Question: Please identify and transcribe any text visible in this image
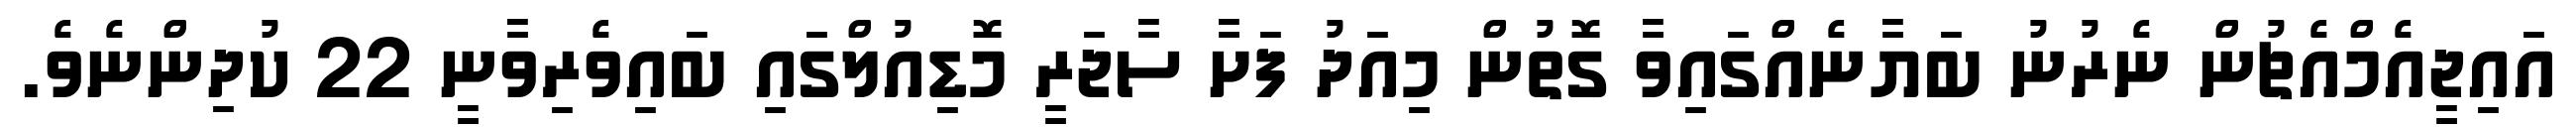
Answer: އައިޖީއެމްއެޗުން ނެރުނު ބަޔާނެއްގައިވާ ގޮތުން މިއަދު ފަށާ ސާޖަރީ މޮޑިއުލްގައި ބައިވެރިވާނީ 22 ކުދިންނެވެ.